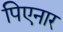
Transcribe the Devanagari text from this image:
पिएनार